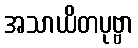
အသာယိတပုဗ္ဗာ